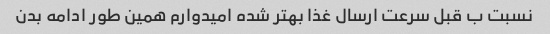
نسبت ب قبل سرعت ارسال غذا بهتر شده امیدوارم همین طور ادامه بدن